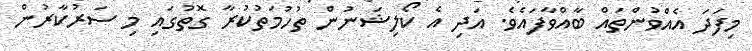
މިފަދަ އެއްވުންތައް ބާއްވާފައެވެ. އަދި އެ ކޯލިޝަނުން ތުހުމަތުކުރާ ގޮތުގައި މި ސަރުކާރުން